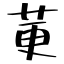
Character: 莄